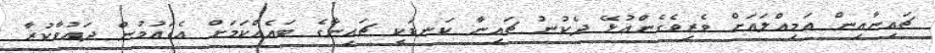
ޗައިނާއިން އަމިއްލައަށް ވެރިވެގެންއުޅޭ ދެކުނު ޗައިނާ ކަނޑަކީ ޗައިނާގެ ބައެއްކަމަށް އެގައުމުން ދައުވާކުރާ